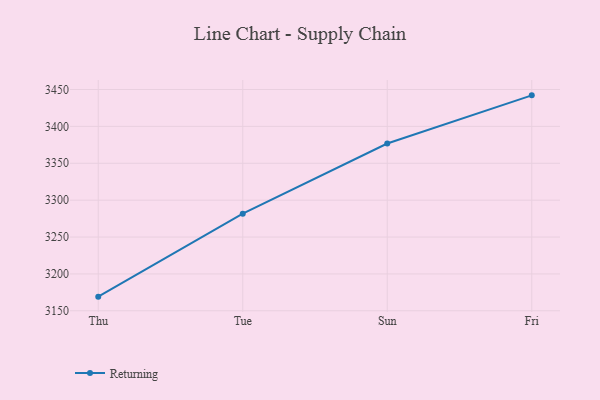
{"axis": {"x": "Day", "y": "Churn Rate (%)"}, "legend": ["Returning"], "data": [{"x": "Thu", "y": 3169.2, "type": "Returning"}, {"x": "Tue", "y": 3281.7, "type": "Returning"}, {"x": "Sun", "y": 3376.8, "type": "Returning"}, {"x": "Fri", "y": 3442.1, "type": "Returning"}]}